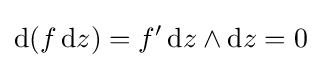
\mathrm {d} (f\,\mathrm {d} z)=f'\,\mathrm {d} z\wedge \mathrm {d} z=0